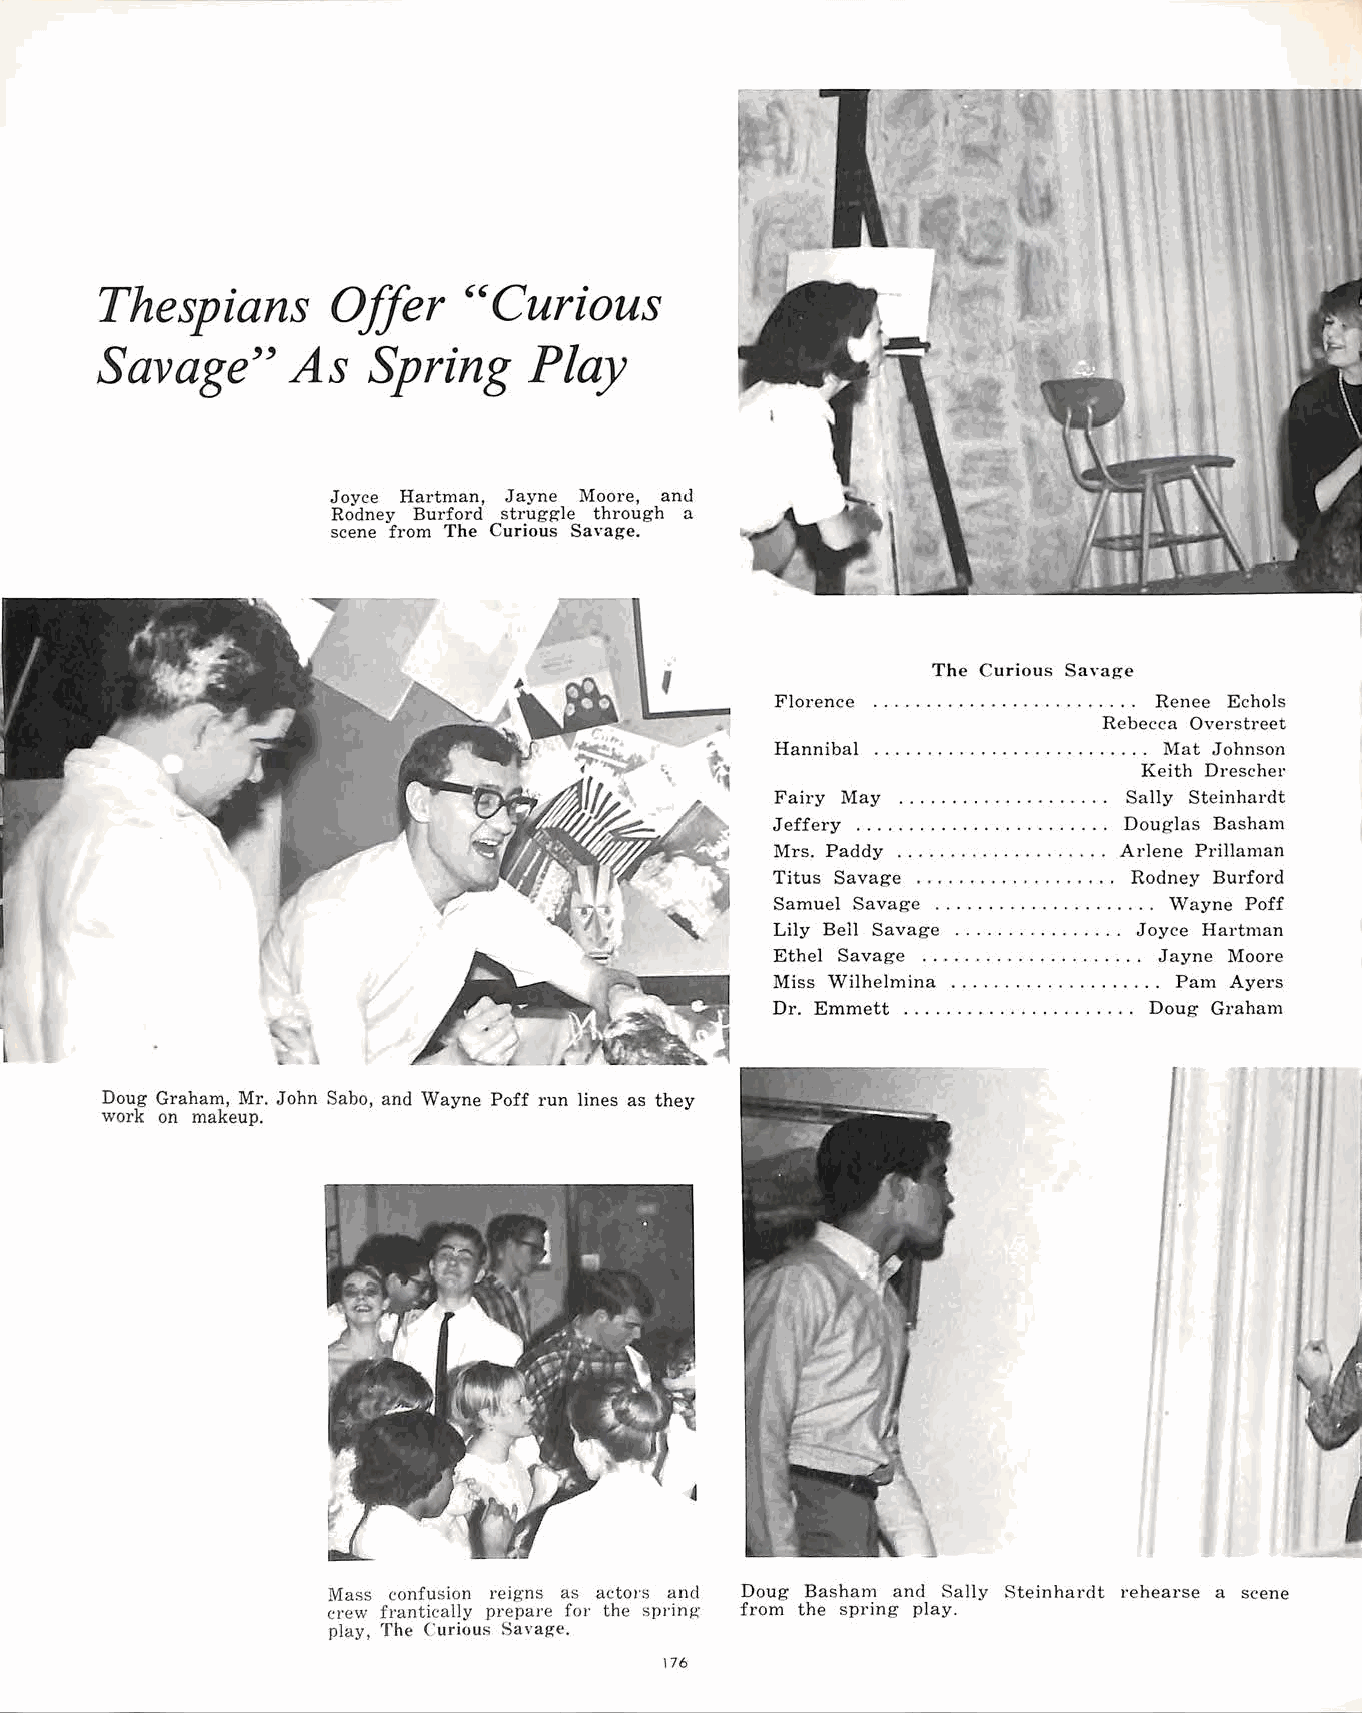
Thespians       Offer    ''Curious
 Savage''     As   Spring     Play
 Joyce Hartman, Jayne Moore, and
 Rodney Burford struggle through a
 scene from The Curious Savage.
 The Curious Savage
 Florence                 Renee Echols
 Rebecca Overstreet
 Hannibal ...................... .... Mat Johnson
 Keith Drescher
 Fairy May . . . . . . . . . . . . . . . . . . . . Sally Steinhardt
 Jeffery ... .. ................ ... Douglas Basham
 Mrs. Paddy .. .... ..... ......... Arlene Prillaman
 Titus Savage . . . . . . . . . . . . . . . . . . . Rodney Burford
 Samuel Savage ...... .... ... ... ... .. Wayne Poff
 Lily Bell Savage ................ Joyce Hartman
 Ethel Savage . . . . . . . . . . . . . . . . . . . . . Jayne Moore
 Miss Wilhelmina . . . . . . . . . . . . . . . . . . . . Pam Ayers
 Dr. Emmett . . . . . . . . . . . . . . . . . . . . . . Doug Graham
 Doug Graham, Mr. John Sabo, and Wayne Poff run lines as they
 work on makeup.
 Mass confusion reigns as actors and Doug Basham and Sally Steinhardt rehearse a scene
 crew frantically prepare for the spring· from the spring play.
 play, The Curious Savag-e.
 176